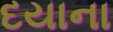
દયાના